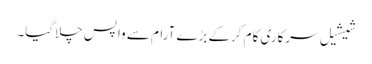
شیشیل سرکاری کام کرکے بڑے آرام سے واپس چلاگیا۔